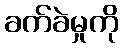
ခက်ခဲမှုကို